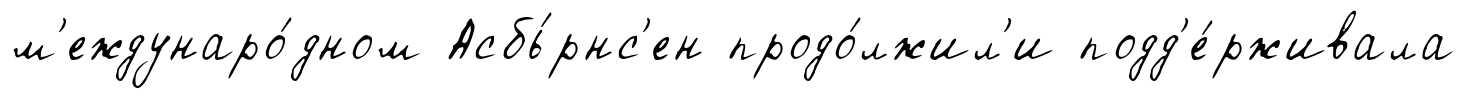
м'еждунаро́дном Асбь́рнс'ен продо́лжил'и подд'е́рживала